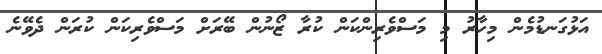
އަޅުގަނޑުމެން މިހާރު މި މަސްވެރިންކަން ކުރާ ޒޯނުން ބޭރަށް މަސްވެރިކަން ކުރަން ދެވޭނެ